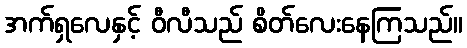
အက်ရှလေနှင့် ဝီလီသည် စိတ်လေးနေကြသည်။